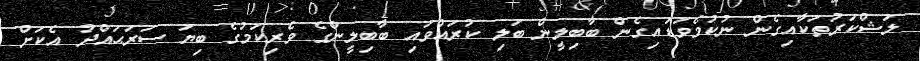
ލަޝްކަރުތަކާއިގެން ނުކުމެވަޑައިގެން ބާބިލީން ބަލި ކުރައްވައި ބާބިލީންގެ ވެރިކަމުގެ ބިޔަ ސަރަޙައްދު އެކަށް